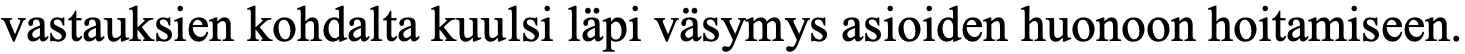
vastauksien kohdalta kuulsi läpi väsymys asioiden huonoon hoitamiseen.